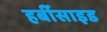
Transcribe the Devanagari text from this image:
हर्बीसाइड